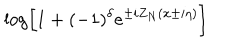
\log \left[ 1 + ( - 1 ) ^ { \delta } e ^ { \pm i Z _ { N } ( x \pm i \eta ) } \right]